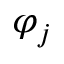
\varphi _ { j }